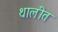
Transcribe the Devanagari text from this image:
थालीत